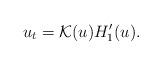
LaTeX: \begin{align*}u_t=\mathcal K(u) H_1'(u).\end{align*}